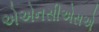
એએનસીએસએ